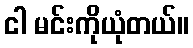
ငါ မင်းကိုယုံတယ်။